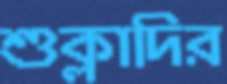
শুক্লাদির